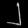
Digit: ၂